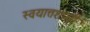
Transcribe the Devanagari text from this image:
स्वयात्तशासी